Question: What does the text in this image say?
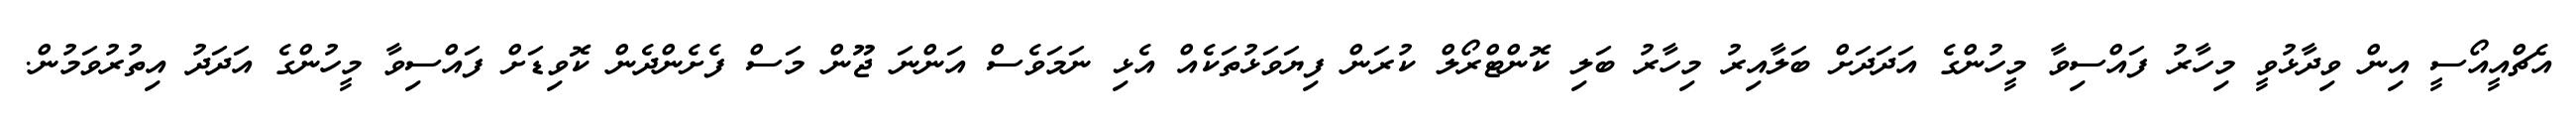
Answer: އެޗްއީއޯސީ އިން ވިދާޅުވީ މިހާރު ފައްސިވާ މީހުންގެ އަދަދަށް ބަލާއިރު މިހާރު ބަލި ކޮންޓްރޯލް ކުރަން ފިޔަވަޅުތަކެއް އެޅި ނަމަވެސް އަންނަ ޖޫން މަސް ފެށެންދެން ކޮވިޑަށް ފައްސިވާ މީހުންގެ އަދަދު އިތުރުވަމުން.